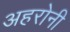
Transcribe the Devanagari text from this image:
अहरोनी